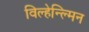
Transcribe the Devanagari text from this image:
विल्हेन्ल्मिन